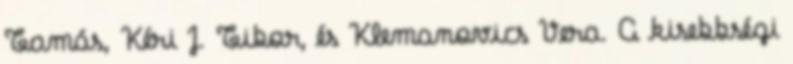
Tamás, Kéri J. Tibor, és Klemanovics Vera. A kisebbségi